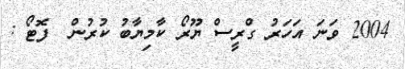
2004 ވަނަ އަހަރު ގްރީސް ޔޫރޯ ކާމިޔާބު ކުރުން  ފޮޓޯ :